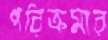
পরিক্রমার